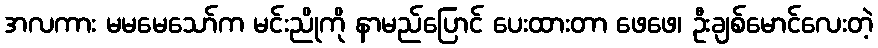
အလကား မမမေသော်က မင်းညိုကို နာမည်ပြောင် ပေးထားတာ ဖေဖေ၊ ဦးချစ်မောင်လေးတဲ့